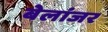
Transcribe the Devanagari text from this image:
बेलांजर